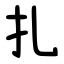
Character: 扎